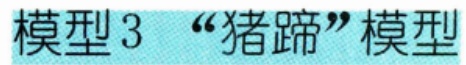
模型 3 “猪蹄”模型